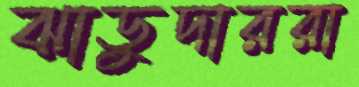
ঝাড়ুদাররা